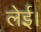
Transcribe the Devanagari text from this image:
लेई।